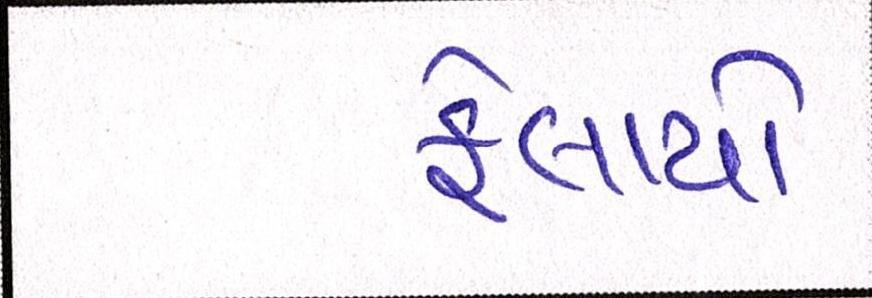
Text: ફેલાયો